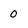
Character: 0